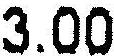
3.00